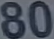
80